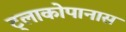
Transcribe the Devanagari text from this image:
ट्लाकोपानास